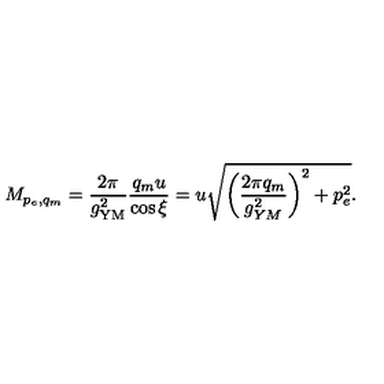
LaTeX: M _ { p _ { e } , q _ { m } } = { \frac { 2 \pi } { g _ { \mathrm { Y M } } ^ { 2 } } } { \frac { q _ { m } u } { \cos \xi } } = u \sqrt { \left( \frac { 2 \pi q _ { m } } { g _ { Y M } ^ { 2 } } \right) ^ { 2 } + p _ { e } ^ { 2 } } .